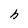
Character: h